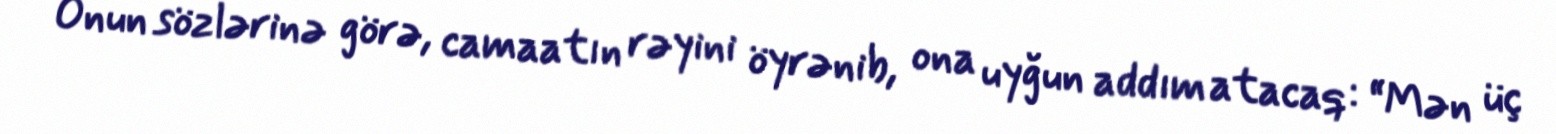
Onun sözlərinə görə, camaatın rəyini öyrənib, ona uyğun addım atacaq: “Mən üç